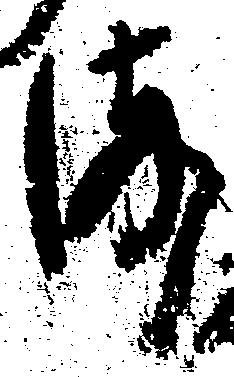
ま